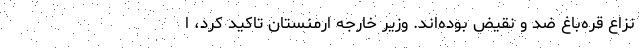
نزاع قره‌باغ ضد و نقیض بوده‌اند. وزیر خارجه ارمنستان تاکید کرد، ا